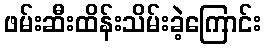
ဖမ်းဆီးထိန်းသိမ်းခဲ့ကြောင်း